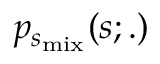
p _ { s _ { \mathrm { m i x } } } ( s ; . )